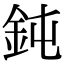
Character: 鈍